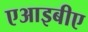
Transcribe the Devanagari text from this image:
एआइबीए